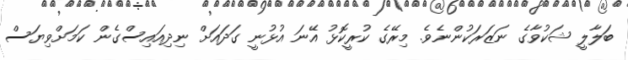
ބަލާލީ ޝަކުވާގެ ނަޒަރަކުންނެވެ. މިރޭގެ ކުރީކޮޅު އޭނަ އުޅުނީ ގަދައަށް ނިދިއައިސްގެން ކަމަށްވިޔަސް